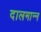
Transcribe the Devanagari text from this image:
दालमान्न